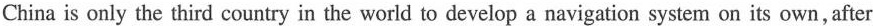
China is only the third country in the world to develop a navigation system on its own,after